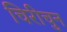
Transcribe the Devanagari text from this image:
चिरीचुन